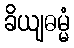
ခိယျဓမ္မံ